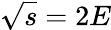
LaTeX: {\sqrt{s}}=2E